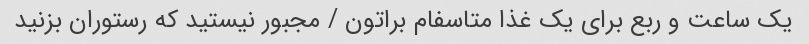
یک‌ ساعت و ربع برای یک‌ غذا متاسفام براتون / مجبور نیستید که رستوران بزنید